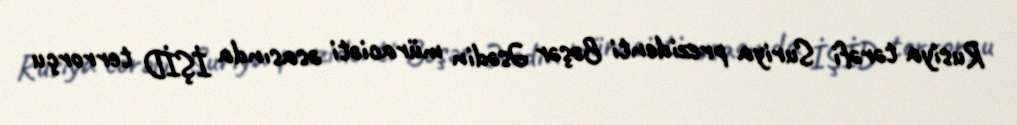
Rusiya tərəfi Suriya prezidenti Bəşər Əsədin müraciəti əsasında İŞİD terrorçu